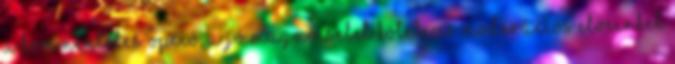
A kommentelés opció, a jó magaviselet kötelező Moderációs elveinket